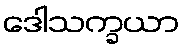
ဒေါသက္ခယာ